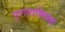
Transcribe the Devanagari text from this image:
पुराताक्त्विक